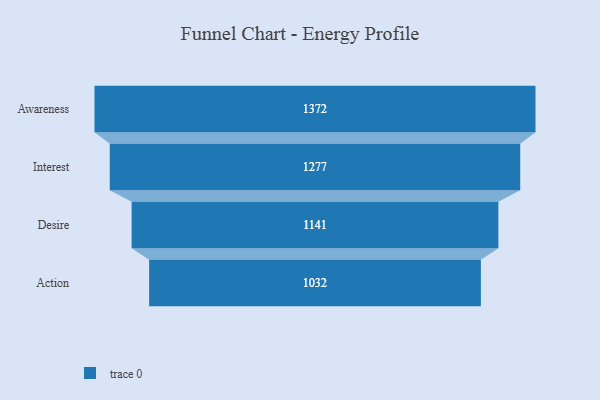
{"axis": {"x": "Stage", "y": "Value"}, "legend": [""], "data": [{"x": "Awareness", "y": 1372.0, "type": ""}, {"x": "Interest", "y": 1277.0, "type": ""}, {"x": "Desire", "y": 1141.0, "type": ""}, {"x": "Action", "y": 1032.0, "type": ""}]}